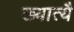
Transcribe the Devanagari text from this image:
ख्यात्यै